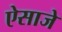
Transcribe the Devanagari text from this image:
ऐसाजे